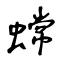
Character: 蟐